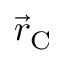
{ \vec { r } _ { \mathrm { C } } }